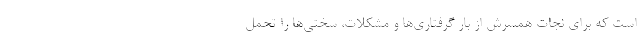
است که براي نجات همسرش از بار گرفتاري‌ها و مشکلات، سختي‌ها را تحمل